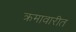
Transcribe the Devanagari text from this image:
क्रमावारीत